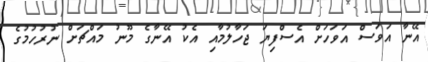
އޭނާ އަވަސް އަވަހަށް އެސްފިޔަ ޖަހާލުމާއި އެކު އޭނާގެ މޫނު މައްޗަށް ނުރުހުމުގެ